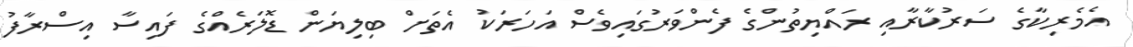
އެމެރިކާގެ ސަރުކާރާއި ރައްޔިތުންގެ ފެންވަރުގައިވެސް އަހަރަކު އެތަށް ބިލިޔަން ޑޮލަރެއްގެ ފައިސާ އިސްރާފު